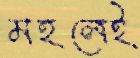
মহলেই